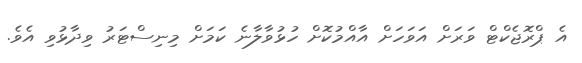
އެ ޕްރޮޖެކްޓް ވަރަށް އަވަހަށް އާއްމުކޮށް ހުޅުވާލާނެ ކަމަށް މިނިސްޓަރު ވިދާޅުވި އެވެ.